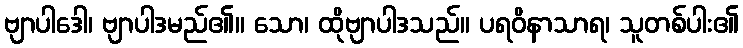
ဗျာပါဒေါ၊ ဗျာပါဒမည်၏။ သော၊ ထိုဗျာပါဒသည်။ ပရဝိနာသာရ၊ သူတစ်ပါး၏